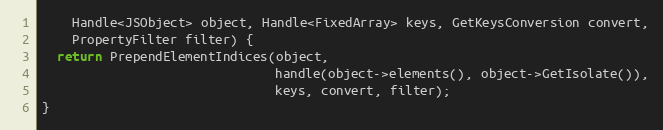
Language: C
    Handle<JSObject> object, Handle<FixedArray> keys, GetKeysConversion convert,
    PropertyFilter filter) {
  return PrependElementIndices(object,
                               handle(object->elements(), object->GetIsolate()),
                               keys, convert, filter);
}